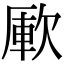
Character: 𣣭